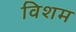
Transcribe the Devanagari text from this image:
विशम